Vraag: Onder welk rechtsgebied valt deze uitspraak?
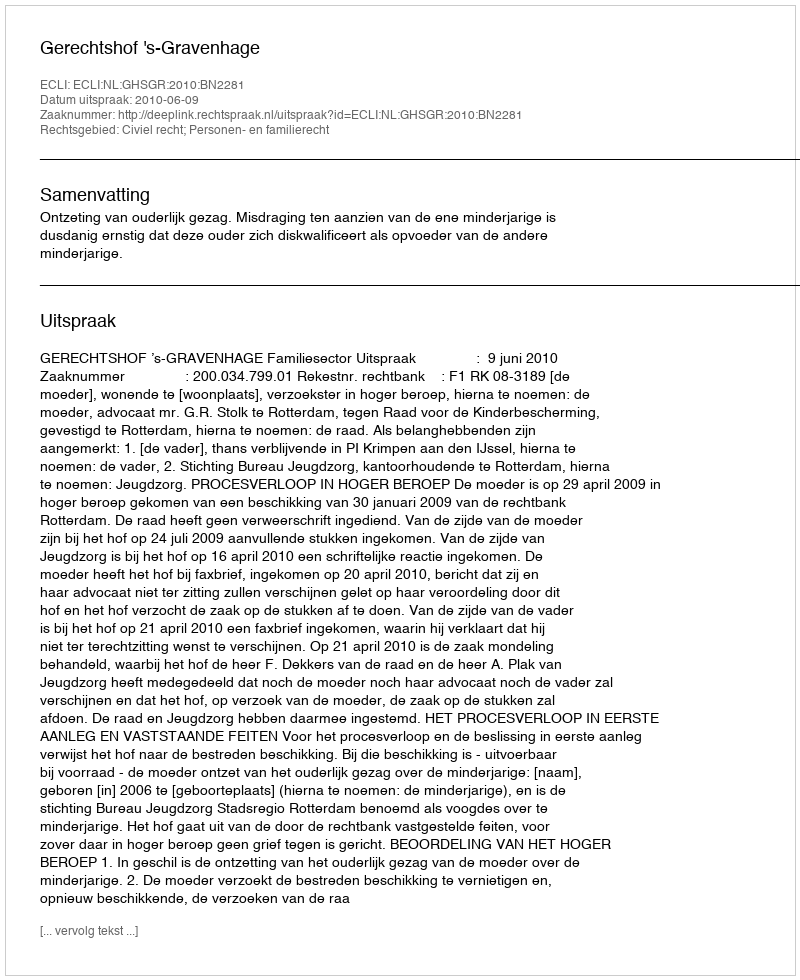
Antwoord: Civiel recht; Personen- en familierecht